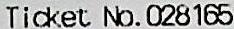
TICKET NO.028165